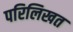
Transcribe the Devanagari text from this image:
परिलिखत